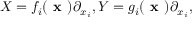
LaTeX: X = f _ { i } ( { \textbf { x } } ) \partial _ { x _ { i } } , Y = g _ { i } ( { \textbf { x } } ) \partial _ { x _ { i } } ,